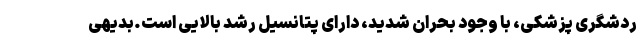
ردشگری پزشکی، با وجود بحران شدید، دارای پتانسیل رشد بالایی است.بدیهی